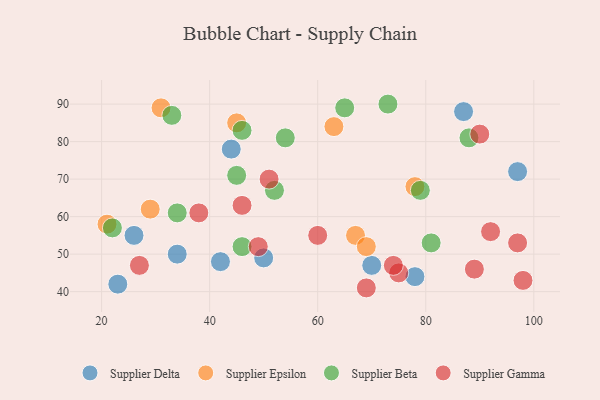
{"axis": {"x": "GDP", "y": "Life Expectancy"}, "legend": ["Supplier Beta", "Supplier Delta", "Supplier Epsilon", "Supplier Gamma"], "data": [{"x": "50", "y": 49, "type": "Supplier Delta"}, {"x": "97", "y": 72, "type": "Supplier Delta"}, {"x": "70", "y": 47, "type": "Supplier Delta"}, {"x": "34", "y": 50, "type": "Supplier Delta"}, {"x": "23", "y": 42, "type": "Supplier Delta"}, {"x": "78", "y": 44, "type": "Supplier Delta"}, {"x": "87", "y": 88, "type": "Supplier Delta"}, {"x": "26", "y": 55, "type": "Supplier Delta"}, {"x": "44", "y": 78, "type": "Supplier Delta"}, {"x": "42", "y": 48, "type": "Supplier Delta"}, {"x": "29", "y": 62, "type": "Supplier Epsilon"}, {"x": "21", "y": 58, "type": "Supplier Epsilon"}, {"x": "31", "y": 89, "type": "Supplier Epsilon"}, {"x": "67", "y": 55, "type": "Supplier Epsilon"}, {"x": "78", "y": 68, "type": "Supplier Epsilon"}, {"x": "69", "y": 52, "type": "Supplier Epsilon"}, {"x": "63", "y": 84, "type": "Supplier Epsilon"}, {"x": "45", "y": 85, "type": "Supplier Epsilon"}, {"x": "65", "y": 89, "type": "Supplier Beta"}, {"x": "34", "y": 61, "type": "Supplier Beta"}, {"x": "22", "y": 57, "type": "Supplier Beta"}, {"x": "88", "y": 81, "type": "Supplier Beta"}, {"x": "46", "y": 52, "type": "Supplier Beta"}, {"x": "79", "y": 67, "type": "Supplier Beta"}, {"x": "81", "y": 53, "type": "Supplier Beta"}, {"x": "45", "y": 71, "type": "Supplier Beta"}, {"x": "54", "y": 81, "type": "Supplier Beta"}, {"x": "33", "y": 87, "type": "Supplier Beta"}, {"x": "46", "y": 83, "type": "Supplier Beta"}, {"x": "52", "y": 67, "type": "Supplier Beta"}, {"x": "73", "y": 90, "type": "Supplier Beta"}, {"x": "60", "y": 55, "type": "Supplier Gamma"}, {"x": "46", "y": 63, "type": "Supplier Gamma"}, {"x": "69", "y": 41, "type": "Supplier Gamma"}, {"x": "89", "y": 46, "type": "Supplier Gamma"}, {"x": "92", "y": 56, "type": "Supplier Gamma"}, {"x": "49", "y": 52, "type": "Supplier Gamma"}, {"x": "38", "y": 61, "type": "Supplier Gamma"}, {"x": "98", "y": 43, "type": "Supplier Gamma"}, {"x": "51", "y": 70, "type": "Supplier Gamma"}, {"x": "75", "y": 45, "type": "Supplier Gamma"}, {"x": "97", "y": 53, "type": "Supplier Gamma"}, {"x": "27", "y": 47, "type": "Supplier Gamma"}, {"x": "74", "y": 47, "type": "Supplier Gamma"}, {"x": "90", "y": 82, "type": "Supplier Gamma"}]}